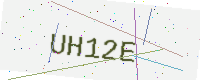
Text: UH12E